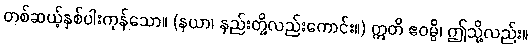
တစ်ဆယ့်နှစ်ပါးကုန်သော။ (နယာ၊ နည်းတို့လည်းကောင်း။) ဣတိ ဧဝမ္ပိ၊ ဤသို့လည်း။